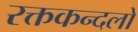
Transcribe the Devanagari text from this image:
रक्तकन्दलो